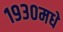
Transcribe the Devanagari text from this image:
१९३०मधे